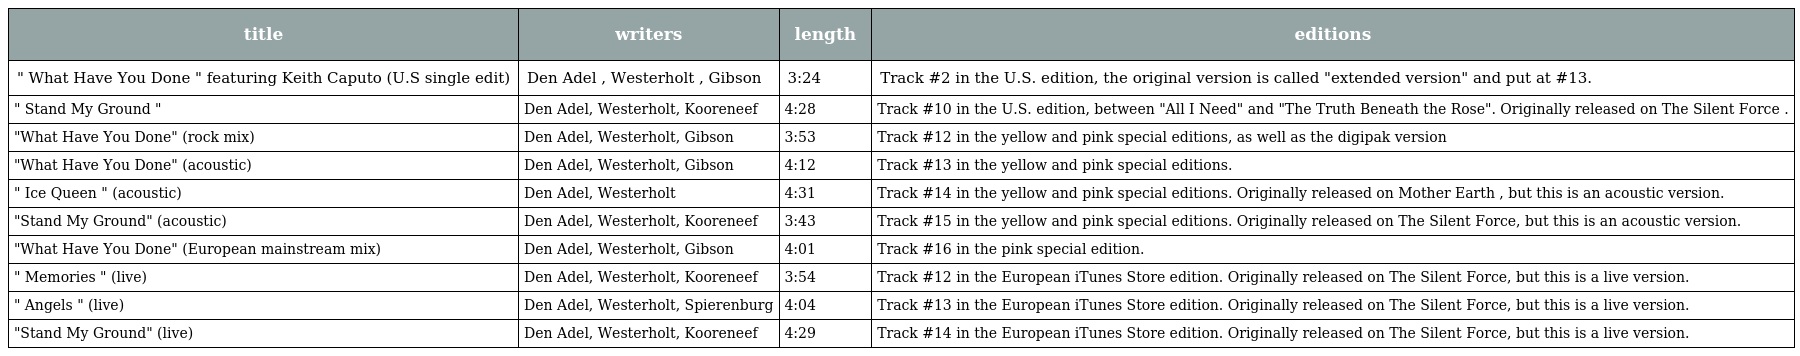
| title | writers | length | editions |
 | --- | --- | --- | --- |
 | " What Have You Done " featuring Keith Caputo (U.S single edit) | Den Adel , Westerholt , Gibson | 3:24 | Track #2 in the U.S. edition, the original version is called "extended version" and put at #13. |
 | " Stand My Ground " | Den Adel, Westerholt, Kooreneef | 4:28 | Track #10 in the U.S. edition, between "All I Need" and "The Truth Beneath the Rose". Originally released on The Silent Force . |
 | "What Have You Done" (rock mix) | Den Adel, Westerholt, Gibson | 3:53 | Track #12 in the yellow and pink special editions, as well as the digipak version |
 | "What Have You Done" (acoustic) | Den Adel, Westerholt, Gibson | 4:12 | Track #13 in the yellow and pink special editions. |
 | " Ice Queen " (acoustic) | Den Adel, Westerholt | 4:31 | Track #14 in the yellow and pink special editions. Originally released on Mother Earth , but this is an acoustic version. |
 | "Stand My Ground" (acoustic) | Den Adel, Westerholt, Kooreneef | 3:43 | Track #15 in the yellow and pink special editions. Originally released on The Silent Force, but this is an acoustic version. |
 | "What Have You Done" (European mainstream mix) | Den Adel, Westerholt, Gibson | 4:01 | Track #16 in the pink special edition. |
 | " Memories " (live) | Den Adel, Westerholt, Kooreneef | 3:54 | Track #12 in the European iTunes Store edition. Originally released on The Silent Force, but this is a live version. |
 | " Angels " (live) | Den Adel, Westerholt, Spierenburg | 4:04 | Track #13 in the European iTunes Store edition. Originally released on The Silent Force, but this is a live version. |
 | "Stand My Ground" (live) | Den Adel, Westerholt, Kooreneef | 4:29 | Track #14 in the European iTunes Store edition. Originally released on The Silent Force, but this is a live version. |